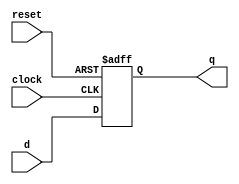
module regN(reset,clock,d,q);
	input reset,clock;
	input [1:0] d;
	
	output [1:0] q;
	reg [1:0] q;
	
	always @(posedge clock or negedge reset)
	begin
		if(!reset)
			q=0;
		else if(clock ==1)
			q=d;
	end
endmodule